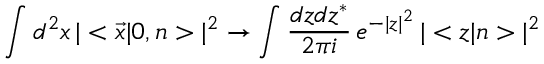
\int d ^ { 2 } x \, | < \vec { x } | 0 , n > | ^ { 2 } \to \int { \frac { d z d z ^ { * } } { 2 \pi i } } \, e ^ { - | z | ^ { 2 } } \, | < z | n > | ^ { 2 }